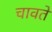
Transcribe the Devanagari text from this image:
चावते